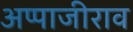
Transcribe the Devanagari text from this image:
अप्पाजीराव